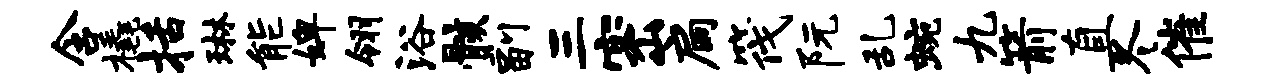
含橇括琳能婢翎浴骸副三密扃筏阮乱蜿九箭直冬催